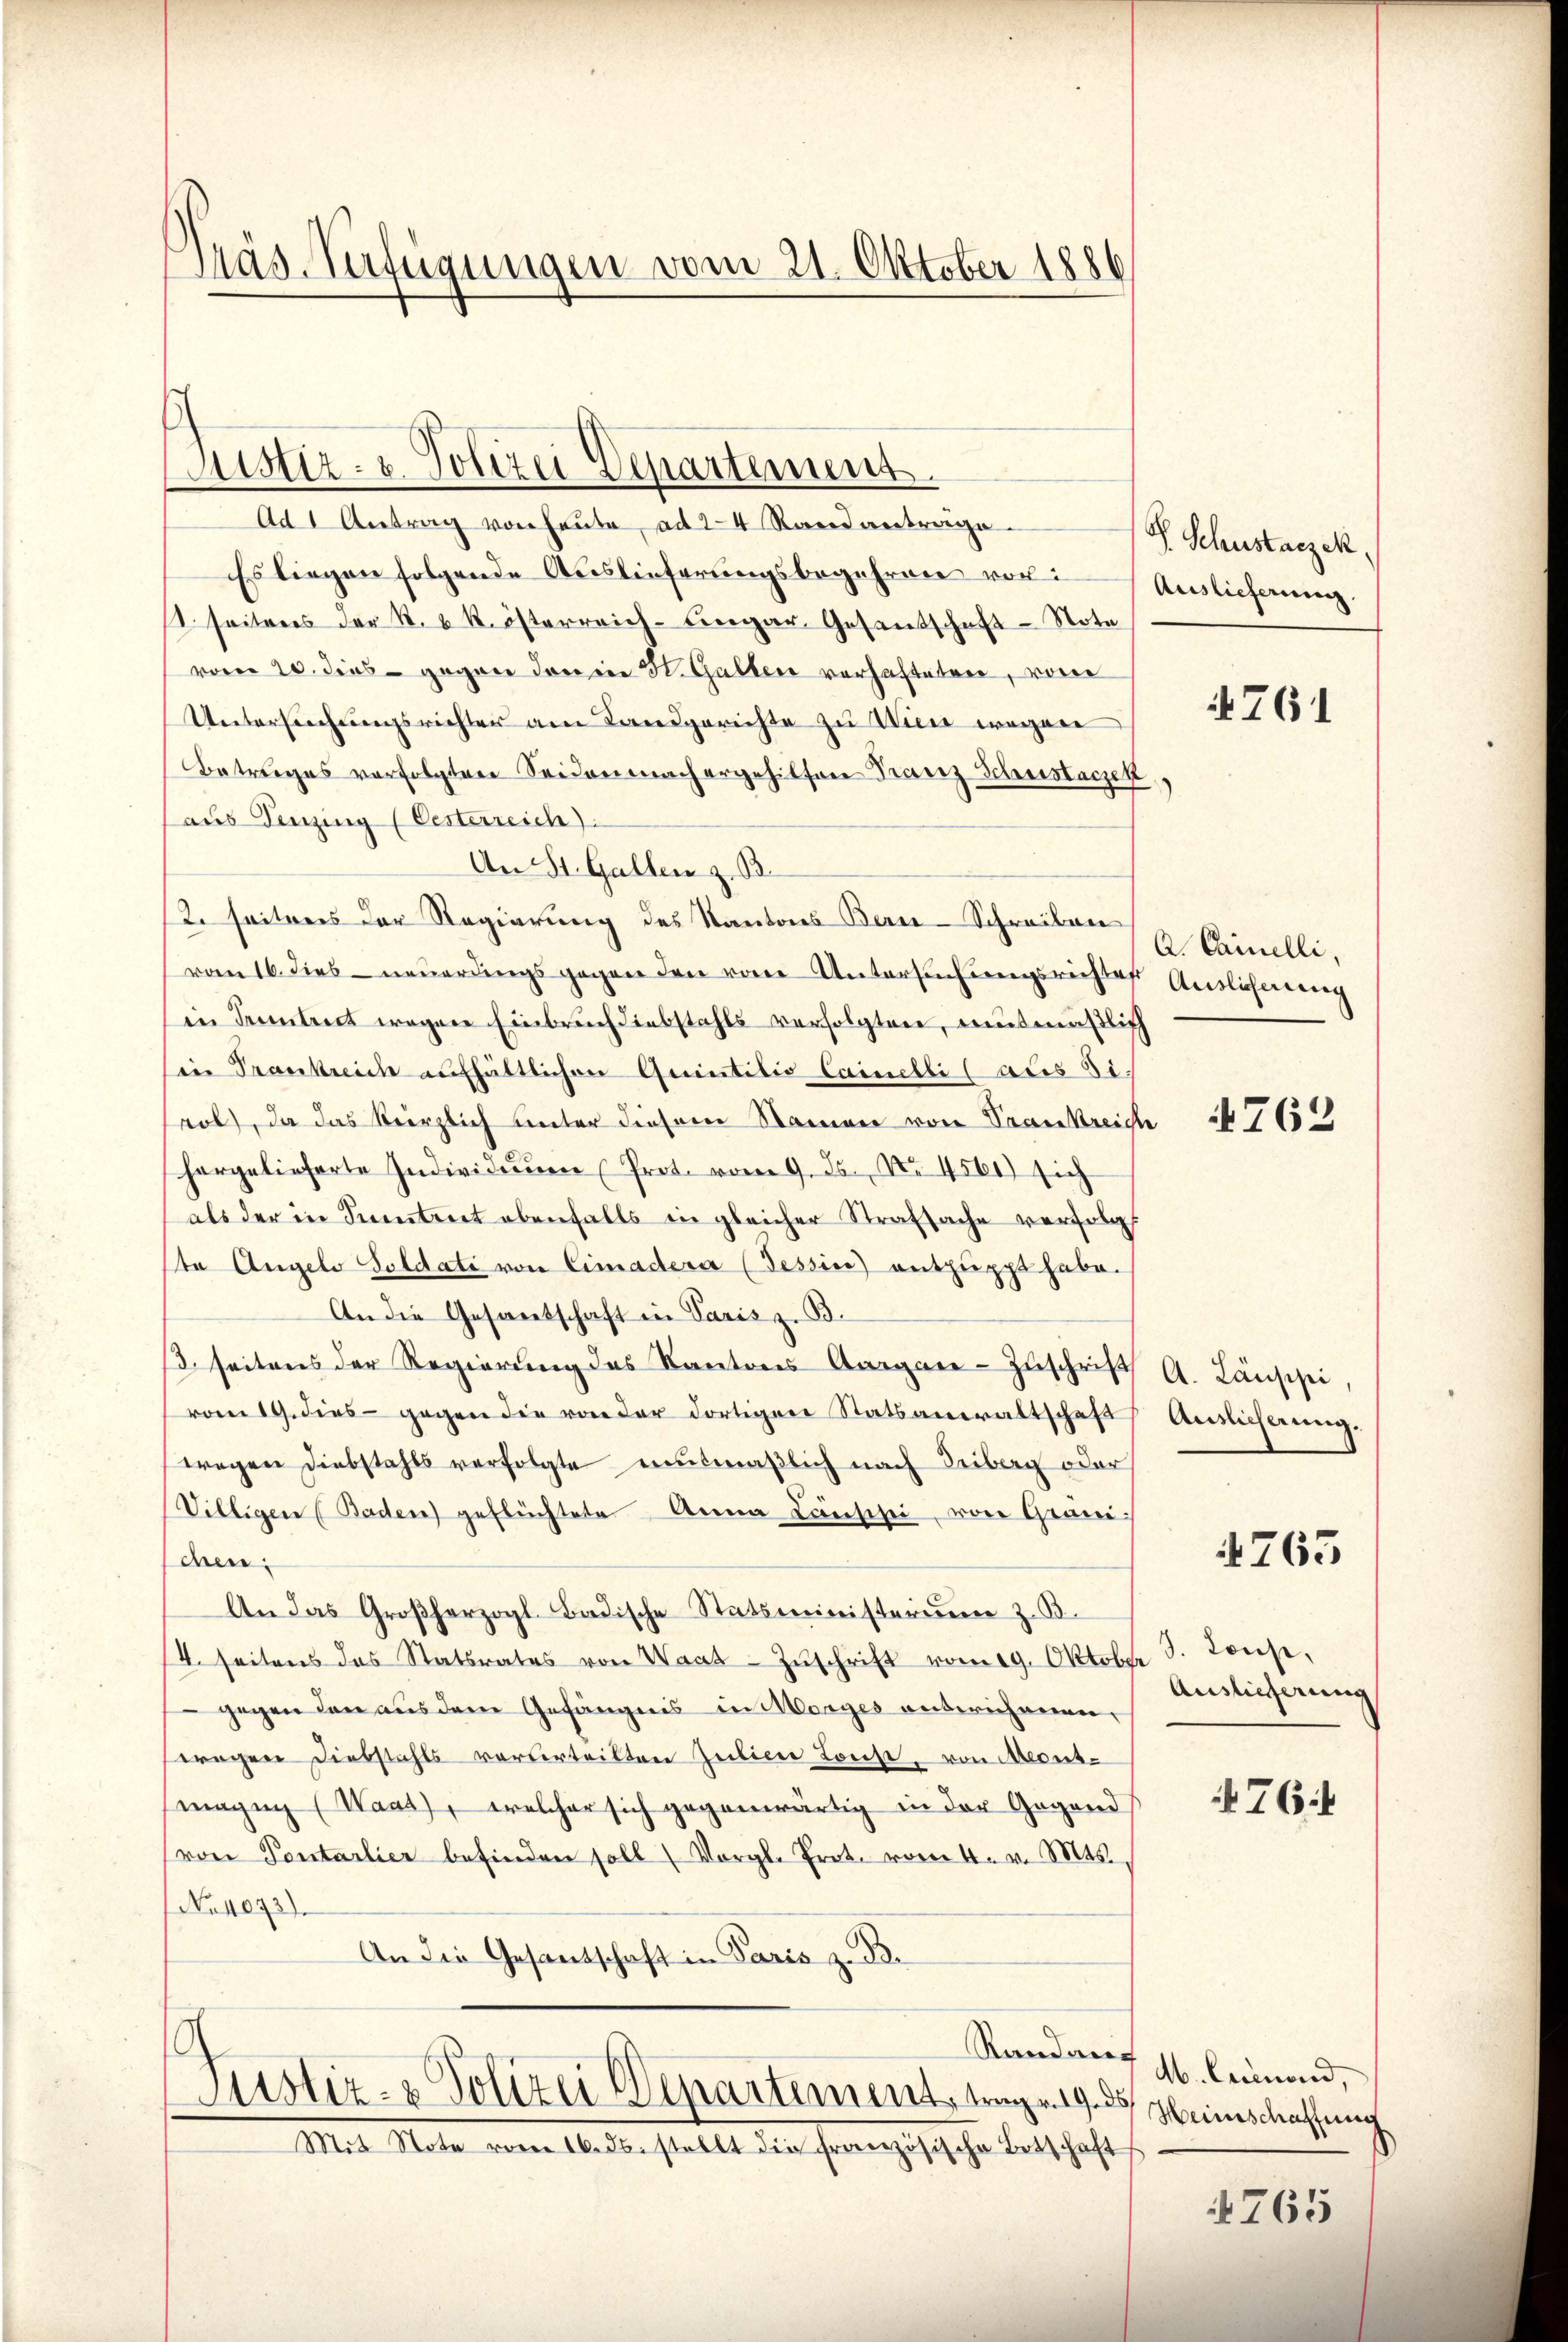
äs-Verfügungen vom 21. Oktober 1886

Sistiz- u. Polizei Departement.

Ad 1 Antrag von heute, ad 24 Rand anträge.
Es liegen folgende Auslieferungsbegehren vor:
1. seitens der k. k. österreich-ungar. Gesantschaft-Note
vom 20. dies gegen den in H. Galler verhafteten, von
Untersuchungsrichter am Landgerichte zu Wien wegen
Betrages verfolgten Seidenmachergehilfen Franz Schustaczek
aus Senzing (Oesterreich
An St. Gallen z. B.
2. seiteres der Regierung des Kantons Bern-Schreiben
von 16. dies neuerdings gegen den vom Untersuchungsrichtes Auslicherung
in Funtret wegen Einbruch diebstahls verfolgten, mutmäßlich
in Trankreich aufhältlichen Quintilio Cainelli (aus Si.
rob, da das Verzlich unter diesem Namener von Praenkreiche
hargelieferte Individienen Prot. vom 9. Js. No. 4561) sich
als der in Seitet ebenfalls in gleicher Strafsache verfolgt
te Angelo Soldati von Cimadera (Tessin entpuppt habe.
An die Gesamtschaft in Paris z. B.
/3. seitens der Regierung des Kantons Aargar-Zŭschrift A. Länssei,
vom 19. dies gegen die von der dortigen Statsanwaltschaft Auslicherung.
wegen Diebstahls verfolgte mutmaßlich nach Leiberg oder
Villigen (Baden) geflüchtete Anna Länschei, von Grani
schen,
An das Großherzogl. Badische Statsministerium z. B.
/4. seitens das Statsrates von Waat-Zŭschrift vom 19. Oktober 3. Janse,
gegen den aus dem Gefängnis in Morges anderichenen,
wegen Diebstahls vorderteilten Juliere Louise, von Mecus-
magin (Waas), welcher sich gegenwärtig in der Gegend
(von Pontarlier befinden soll Vorgl. Prot. vom 4. v. Mts.,
No 1043).
An die Gesandschaft in Paris z. B.

Randare,
Justiz- & Polizei Departement, trage 19. 3
Mit Note vom 16. ds. stellt die französische Botschaft

P. Schustaczek,
Auslieferung.

761

A. Cainelli,

762

4765

Auslieferung

764

M. leinend,
 Heinschaffung

1765